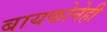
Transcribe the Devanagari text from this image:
बायकोनेही